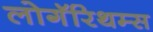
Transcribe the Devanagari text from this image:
लोगॅरिथम्स